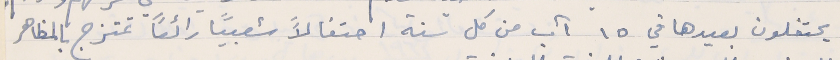
يحتفلون بعيدها في ١٥ آب من كل سنة احتفالاً شعبياً رائعًا تمتزج بالمظاهر